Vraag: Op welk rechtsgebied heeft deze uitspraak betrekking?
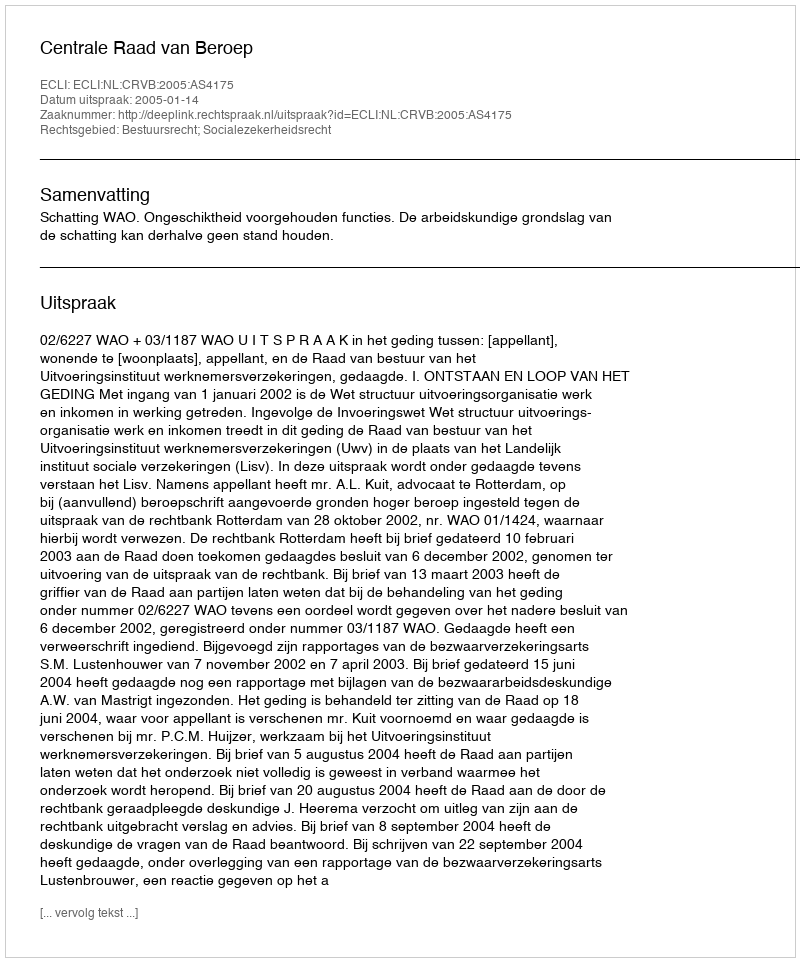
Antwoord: Bestuursrecht; Socialezekerheidsrecht